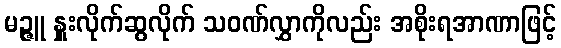
မဉ္ဇူ နှူးလိုက်ဆွလိုက် သဝဏ်လွှာကိုလည်း အစိုးရအာဏာဖြင့်